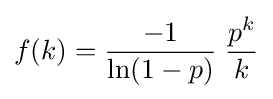
f(k)={\frac {-1}{\ln(1-p)}}\;{\frac {p^{k}}{k}}